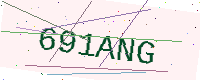
Text: 691ANG